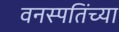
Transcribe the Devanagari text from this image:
वनस्पतिंच्या